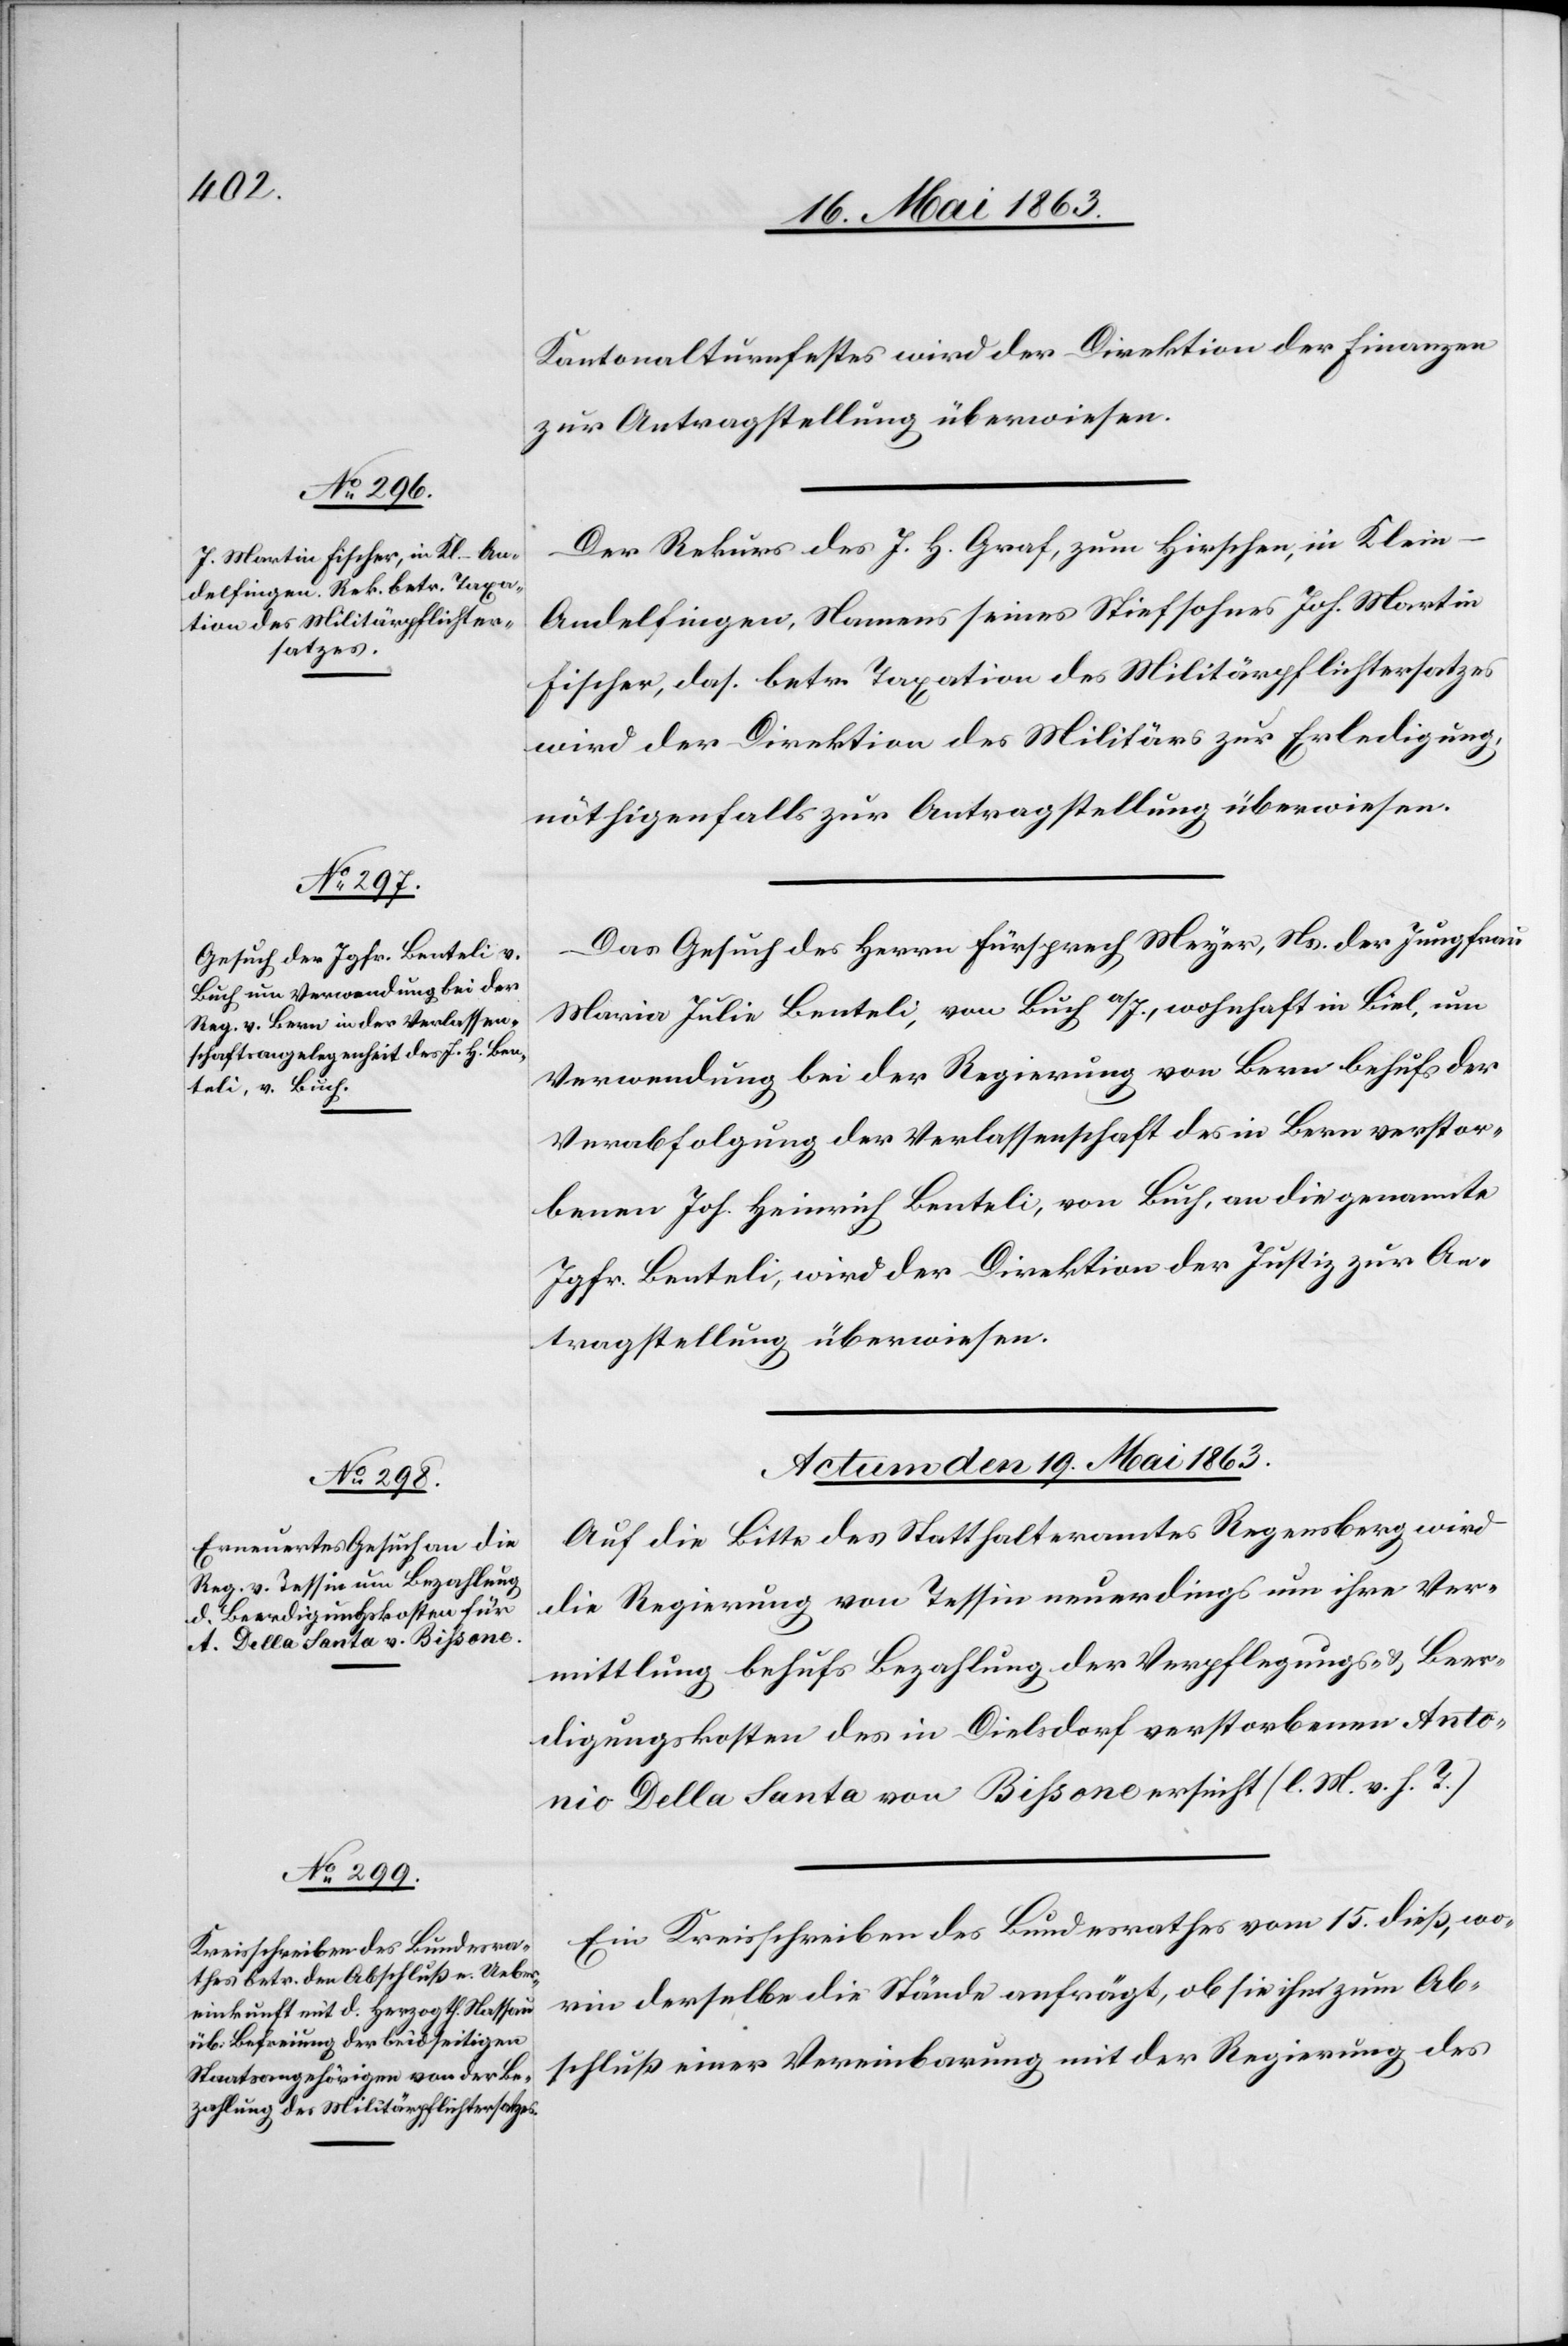
Kantonalturnfestes wird der Direktion der Finanzen
zur Antragstellung überwiesen.
Der Rekurs des J. H. Graf, zum Hirschen, in Klein-A¬
ndelfingen, Namens seins Stiefsohnes Joh. Martin
Fischer, das. betr. Taxation des Militärpflichtersatzes
wird der Direktion des Militärs zur Erledigung
nöthigenfalls zur Antragstellung überwiesen.
Das Gesuch des Herrn Fürsprech Meyer, Ns. der Jungfrau
Maria Julie Benteli, von Buch a/I., wohnhaft in Biel, um
Verwendung bei der Regierung von Bern behufs der
Verabfolgung der Verlassenschaft des in Bern verstor¬
benen Joh. Heinrich Benteli, von Buch, an die genannte
Jgfr. Benteli, wird der Direktion der Justiz zur An¬
tragstellung überwiesen.
Actum den 19. Mai 1863.]
Auf die Bitte des Statthalteramtes Regensberg wird
die Regierung von Tessin neuerdings um ihre Ver¬
mittlung behufs Bezahlung der Verpflegungs- & Beer¬
digungskosten des in Dielsdorf verstorbenen Anto¬
nio Della Santa von Bißone ersucht (l. M. v. h. T.)
Ein Kreisschreiben des Bundesrathes vom 15. dieß, wo¬
rin derselbe die Stände anfrägt, ob sie ihn zum Ab¬
schluß einer Vereinbarung mit der Regierung des